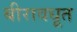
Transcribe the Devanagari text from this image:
बीरावधूत